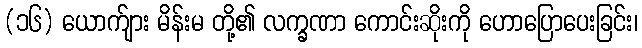
(၁၆) ယောက်ျား မိန်းမ တို့၏ လက္ခဏာ ကောင်းဆိုးကို ဟောပြောပေးခြင်း၊